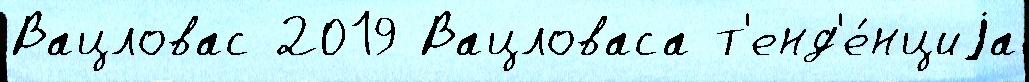
Вацловас 2019 Вацловаса т'енд'е́нциjа